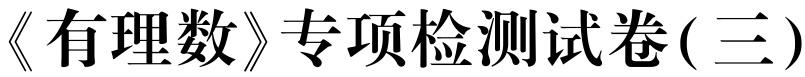
《有理数》专项检测试卷(三)